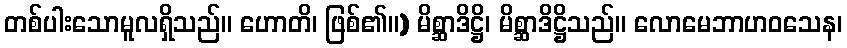
တစ်ပါးသောမူလရှိသည်။ ဟောတိ၊ ဖြစ်၏။) မိစ္ဆာဒိဋ္ဌိ၊ မိစ္ဆာဒိဋ္ဌိသည်။ လောမေဘာဟဝသေန၊